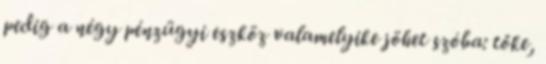
pedig a négy pénzügyi eszköz valamelyike jöhet szóba: tőke,